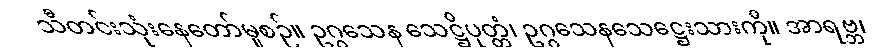
သီတင်းသုံးနေတော်မူစဉ်။ ဥဂ္ဂသေန သေဋ္ဌိပုတ္တံ၊ ဥဂ္ဂသေနသေဋ္ဌေးသားကို။ အာရဗ္ဘ၊